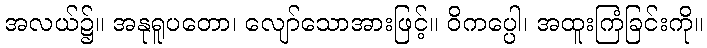
အလယ်၌။ အနုရူပတော၊ လျော်သောအားဖြင့်။ ဝိကပ္ပေါ၊ အထူးကြံခြင်းကို။